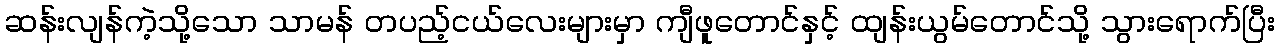
ဆန်းလျန်ကဲ့သို့သော သာမန် တပည့်ငယ်လေးများမှာ ကျီဖူတောင်နှင့် ထျန်းယွမ်တောင်သို့ သွားရောက်ပြီး